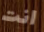
انت